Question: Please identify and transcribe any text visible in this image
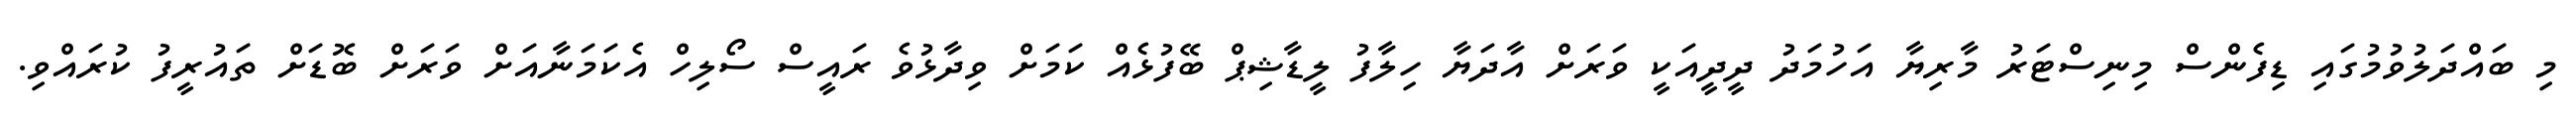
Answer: މި ބައްދަލުވުމުގައި ޑިފެންސް މިނިސްޓަރު މާރިޔާ އަހުމަދު ދީދީއަކީ ވަރަށް އާދަޔާ ހިލާފު ލީޑާޝިޕް ބޭފުޅެއް ކަމަށް ވިދާޅުވެ ރައީސް ސޯލިހް އެކަމަނާއަށް ވަރަށް ބޮޑަށް ތައުރީފު ކުރައްވި.